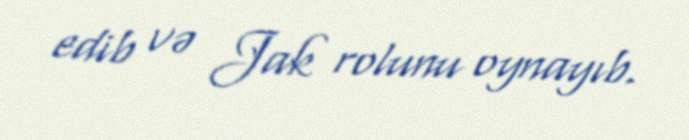
edib və Jak rolunu oynayıb.